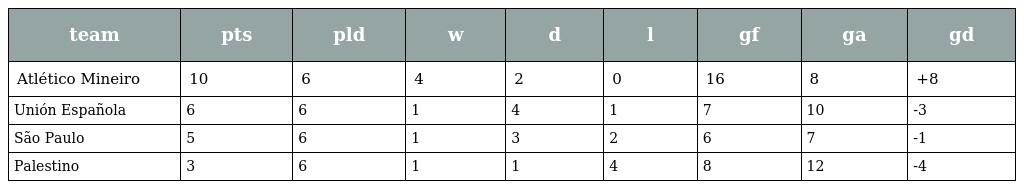
| team | pts | pld | w | d | l | gf | ga | gd |
 | --- | --- | --- | --- | --- | --- | --- | --- | --- |
 | Atlético Mineiro | 10 | 6 | 4 | 2 | 0 | 16 | 8 | +8 |
 | Unión Española | 6 | 6 | 1 | 4 | 1 | 7 | 10 | -3 |
 | São Paulo | 5 | 6 | 1 | 3 | 2 | 6 | 7 | -1 |
 | Palestino | 3 | 6 | 1 | 1 | 4 | 8 | 12 | -4 |